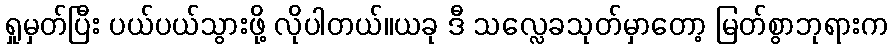
ရှုမှတ်ပြီး ပယ်ပယ်သွားဖို့ လိုပါတယ်။ယခု ဒီ သလ္လေခသုတ်မှာတော့ မြတ်စွာဘုရားက